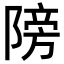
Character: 䧛